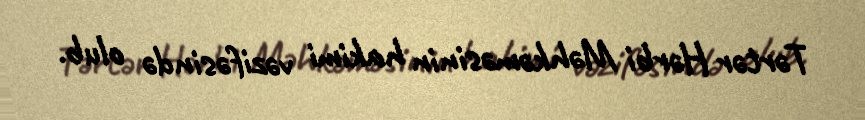
Tərtər Hərbi Məhkəməsinin hakimi vəzifəsində olub.